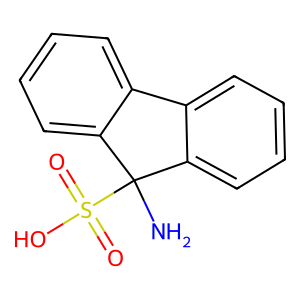
SMILES: NC1(S(=O)(=O)O)c2ccccc2-c2ccccc21
Inhibits HIV replication: No